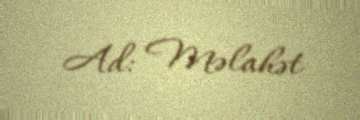
Ad: Məlahət